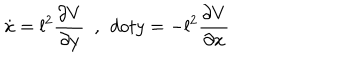
LaTeX: \dot { x } = l ^ { 2 } \frac { \partial V } { \partial y } \ \ , \ \, d o t { y } = - l ^ { 2 } \frac { \partial V } { \partial x }